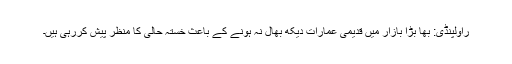
راولپنڈی: بھا بڑا بازار میں قدیمی عمارات دیکھ بھال نہ ہونے کے باعث خستہ حالی کا منظر پیش کررہی ہیں۔